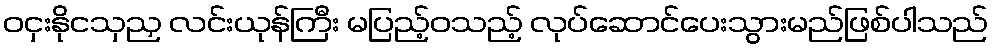
ဝငှးနိုငသှညှ လင်းယုန်ကြီး မပြည့်ဝသည့် လုပ်ဆောင်ပေးသွားမည်ဖြစ်ပါသည်